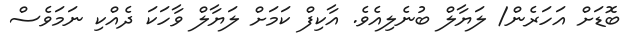
ބޮޑަށް އަހަރެން/ ލަޔާލް ބުނެލިއެވެ. އާކިފް ކަމަށް ލަޔާލް ވާހަކަ ދެއްކި ނަމަވެސް